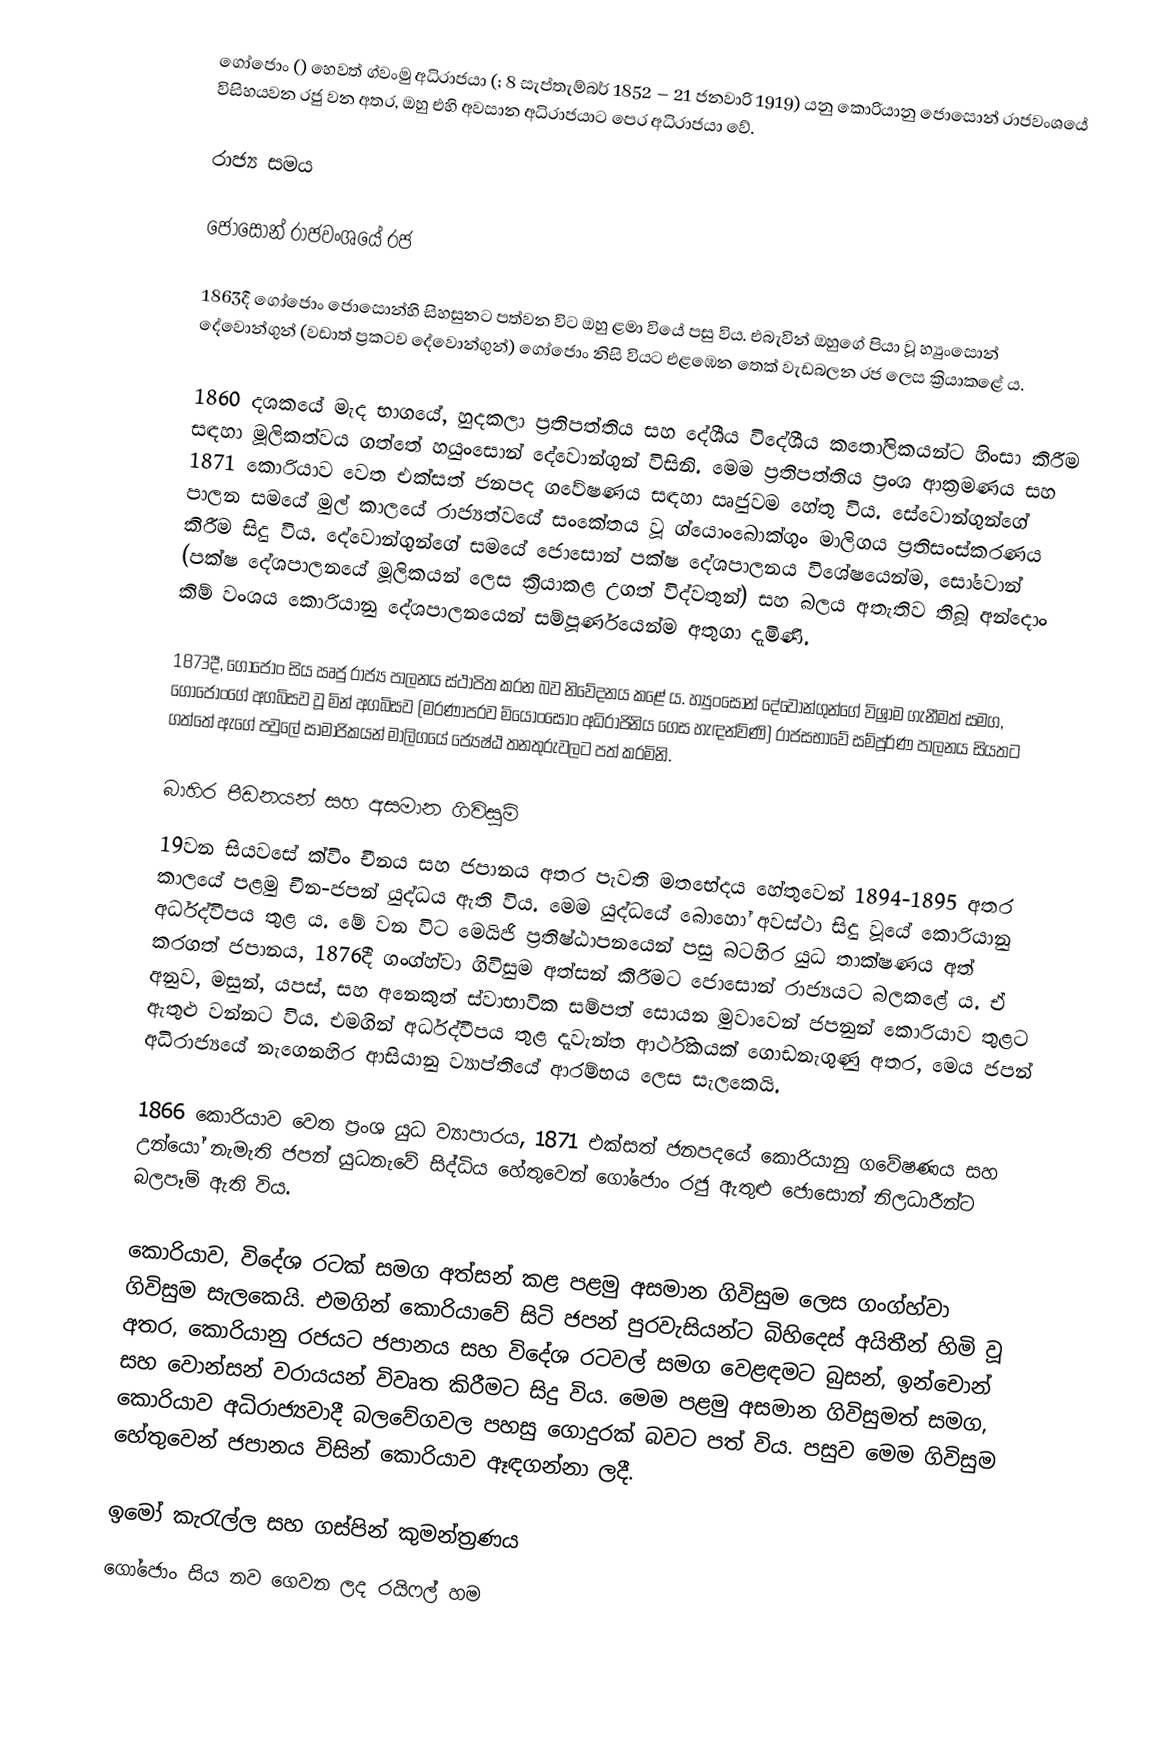
‍ගෝජොං () හෙවත් ග්වංමු අධිරාජයා (; 8 සැප්තැම්බර් 1852 – 21 ජනවාරි 1919) යනු කොරියානු ජොසොන් රාජවංශයේ විසිහයවන රජු වන අතර, ඔහු එහි අවසාන අධිරාජයාට පෙර අධිරාජයා වේ.

රාජ්‍ය සමය

ජොසොන් රාජවංශයේ රජ

1863දී ගෝජොං ජොසොන්හි සිහසුනට පත්වන විට ඔහු ළමා වියේ පසු විය. එබැවින් ඔහුගේ පියා වූ හ්‍යුංසොන් දේවොන්ගුන් (වඩාත් ප්‍රකටව දේවොන්ගුන්) ගෝජොං නිසි වියට එළඹෙන තෙක් වැඩබලන රජ ලෙස ක්‍රියාකළේ ය.

1860 දශකයේ මැද භාගයේ, හුදකලා ප්‍රතිපත්තිය සහ දේශීය විදේශීය කතෝලිකයන්ට හිංසා කිරීම සඳහා මූලිකත්වය ගත්තේ හයුංසොන් දේවොන්ගුන් විසිනි. මෙම ප්‍රතිපත්තිය ප්‍රංශ ආක්‍රමණය සහ 1871 කොරියාව වෙත එක්සත් ජනපද ගවේෂණය සඳහා ඍජුවම හේතු විය. සේවොන්ගුන්ගේ පාලන සමයේ මුල් කාලයේ රාජ්‍යත්වයේ සංකේතය වූ ග්යොංබොක්ගුං මාලිගය ප්‍රතිසංස්කරණය කිරීම සිදු විය. දේවොන්ගුන්ගේ සමයේ ජොසොන් පක්ෂ දේශපාලනය විශේෂයෙන්ම, සෝවොන් (පක්ෂ දේශපාලනයේ මූලිකයන් ලෙස ක්‍රියාකළ උගත් විද්වතුන්) සහ බලය අතැතිව තිබූ අන්දොං කිම් වංශය කොරියානු දේශපාලනයෙන් සම්පූර්ණයෙන්ම අතුගා දැමිණි.

1873දී, ගෝජොං සිය ඍජු රාජ්‍ය පාලනය ස්ථාපිත කරන බව නිවේදනය කළේ ය. ‍හ්‍යුංසොන් දේවොන්ගුන්ගේ විශ්‍රාම ගැනීමත් සමග, ගෝජොංගේ අගබිසව වූ මින් අගබිසව (මරණාපරව මියොංසොං අධිරාජිනිය ගෙස හැඳන්විණි) රාජසභාවේ සම්පූර්ණ පාලනය සියතට ගත්තේ ඇගේ පවුලේ සාමාජිකයන් මාලිගයේ ජ්‍යෙෂ්ඨ තනතුරුවලට පත් කරමිනි.

බාහිර පීඩනයන් සහ අසමාන ගිවිසුම්
19වන සියවසේ ක්විං චීනය සහ ජපානය අතර පැවති මතභේදය හේතුවෙන් 1894-1895 අතර කාලයේ පළමු චීන-ජපන් යුද්ධය ඇති විය. මෙම යුද්ධයේ බොහෝ අවස්ථා සිදු වූයේ කොරියානු අර්ධද්වීපය තුළ ය. මේ වන විට මෙයිජි ප්‍රතිෂ්ඨාපනයෙන් පසු බටහිර යුධ තාක්ෂණය අත් කරගත් ජපානය, 1876දී ගංග්හ්වා ගිවිසුම අත්සන් කිරීමට ජොසොන් රාජ්‍යයට බලකළේ ය. ඒ අනුව, මසුන්, යපස්, සහ අනෙකුත් ස්වාභාවික සම්පත් සොයන මුවාවෙන් ජපනුන් කොරියාව තුළට ඇතුළු වන්නට විය. එමගින් අර්ධද්වීපය තුළ දැවැන්ත ආර්ථිකයක් ගොඩනැගුණු අතර, මෙය ජපන් අධිරාජ්‍යයේ නැගෙනහිර ආසියානු ව්‍යාප්තියේ ආරම්භය ලෙස සැලකෙයි.

1866 කොරියාව වෙත ප්‍රංශ යුධ ව්‍යාපාරය, 1871 එක්සත් ජනපදයේ කොරියානු ගවේෂණය සහ උන්යෝ නැමැති ජපන් යුධනැවේ සිද්ධිය හේතුවෙන් ගෝජොං රජු ඇතුළු ජොසොන් නිලධාරීන්ට බලපෑම් ඇති විය.‍

කොරියාව, විදේශ රටක් සමග අත්සන් කළ පළමු අසමාන ගිවිසුම ලෙස ගංග්හ්වා ගිවිසුම සැලකෙයි. එමගින් කොරියාවේ සිටි ජපන් පුරවැසියන්ට බිහිදෙස් අයිතීන් හිමි වූ අතර, කොරියානු රජයට ජපානය සහ විදේශ රටවල් සමග වෙළඳමට බුසන්, ඉන්චොන් සහ වොන්සන් වරායයන් විවෘත කිරීමට සිදු විය. මෙම පළමු අසමාන ගිවිසුමත් සමග, කොරියාව අධිරාජ්‍යවාදී බලවේගවල පහසු ගොදුරක් බවට පත් විය. පසුව මෙම ගිවිසුම හේතුවෙන් ජපානය විසින් කොරියාව ඈඳගන්නා ලදී.

ඉමෝ කැරැල්ල සහ ගස්පින් කුමන්ත්‍රණය
ගෝජොං සිය නව ගෙවන ලද රයිෆල් හම